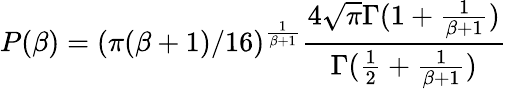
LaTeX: P(\beta)=(\pi(\beta+1)/16)^{\frac{1}{\beta+1}}\frac{4\sqrt{\pi}\Gamma(1+\frac{1}{\beta+1})}{\Gamma(\frac{1}{2}+\frac{1}{\beta+1})}